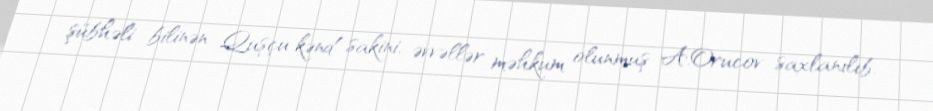
şübhəli bilinən Quşçu kənd sakini, əvvəllər məhkum olunmuş A.Orucov saxlanılıb.